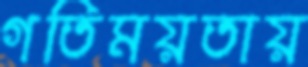
গতিময়তায়